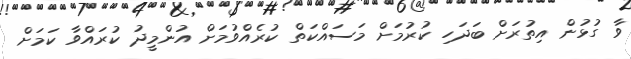
ވާ ގުޅުން އިތުރަށް ބަދަހި ކުރުމަށް މަސައްކަތް ކުރެއްވުމަށް އުންމީދު ކުރައްވާ ކަމަށް